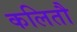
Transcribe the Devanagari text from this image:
कलितौ